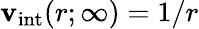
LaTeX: \mathbf{v}_{\mathrm{{int}}}(r;\infty)=1/r